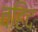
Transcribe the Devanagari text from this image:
वहिद